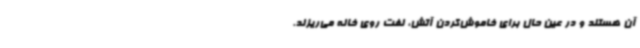
آن هستند و در عین حال برای خاموش‌کردن آتش، نفت روی خانه می‌ریزند.